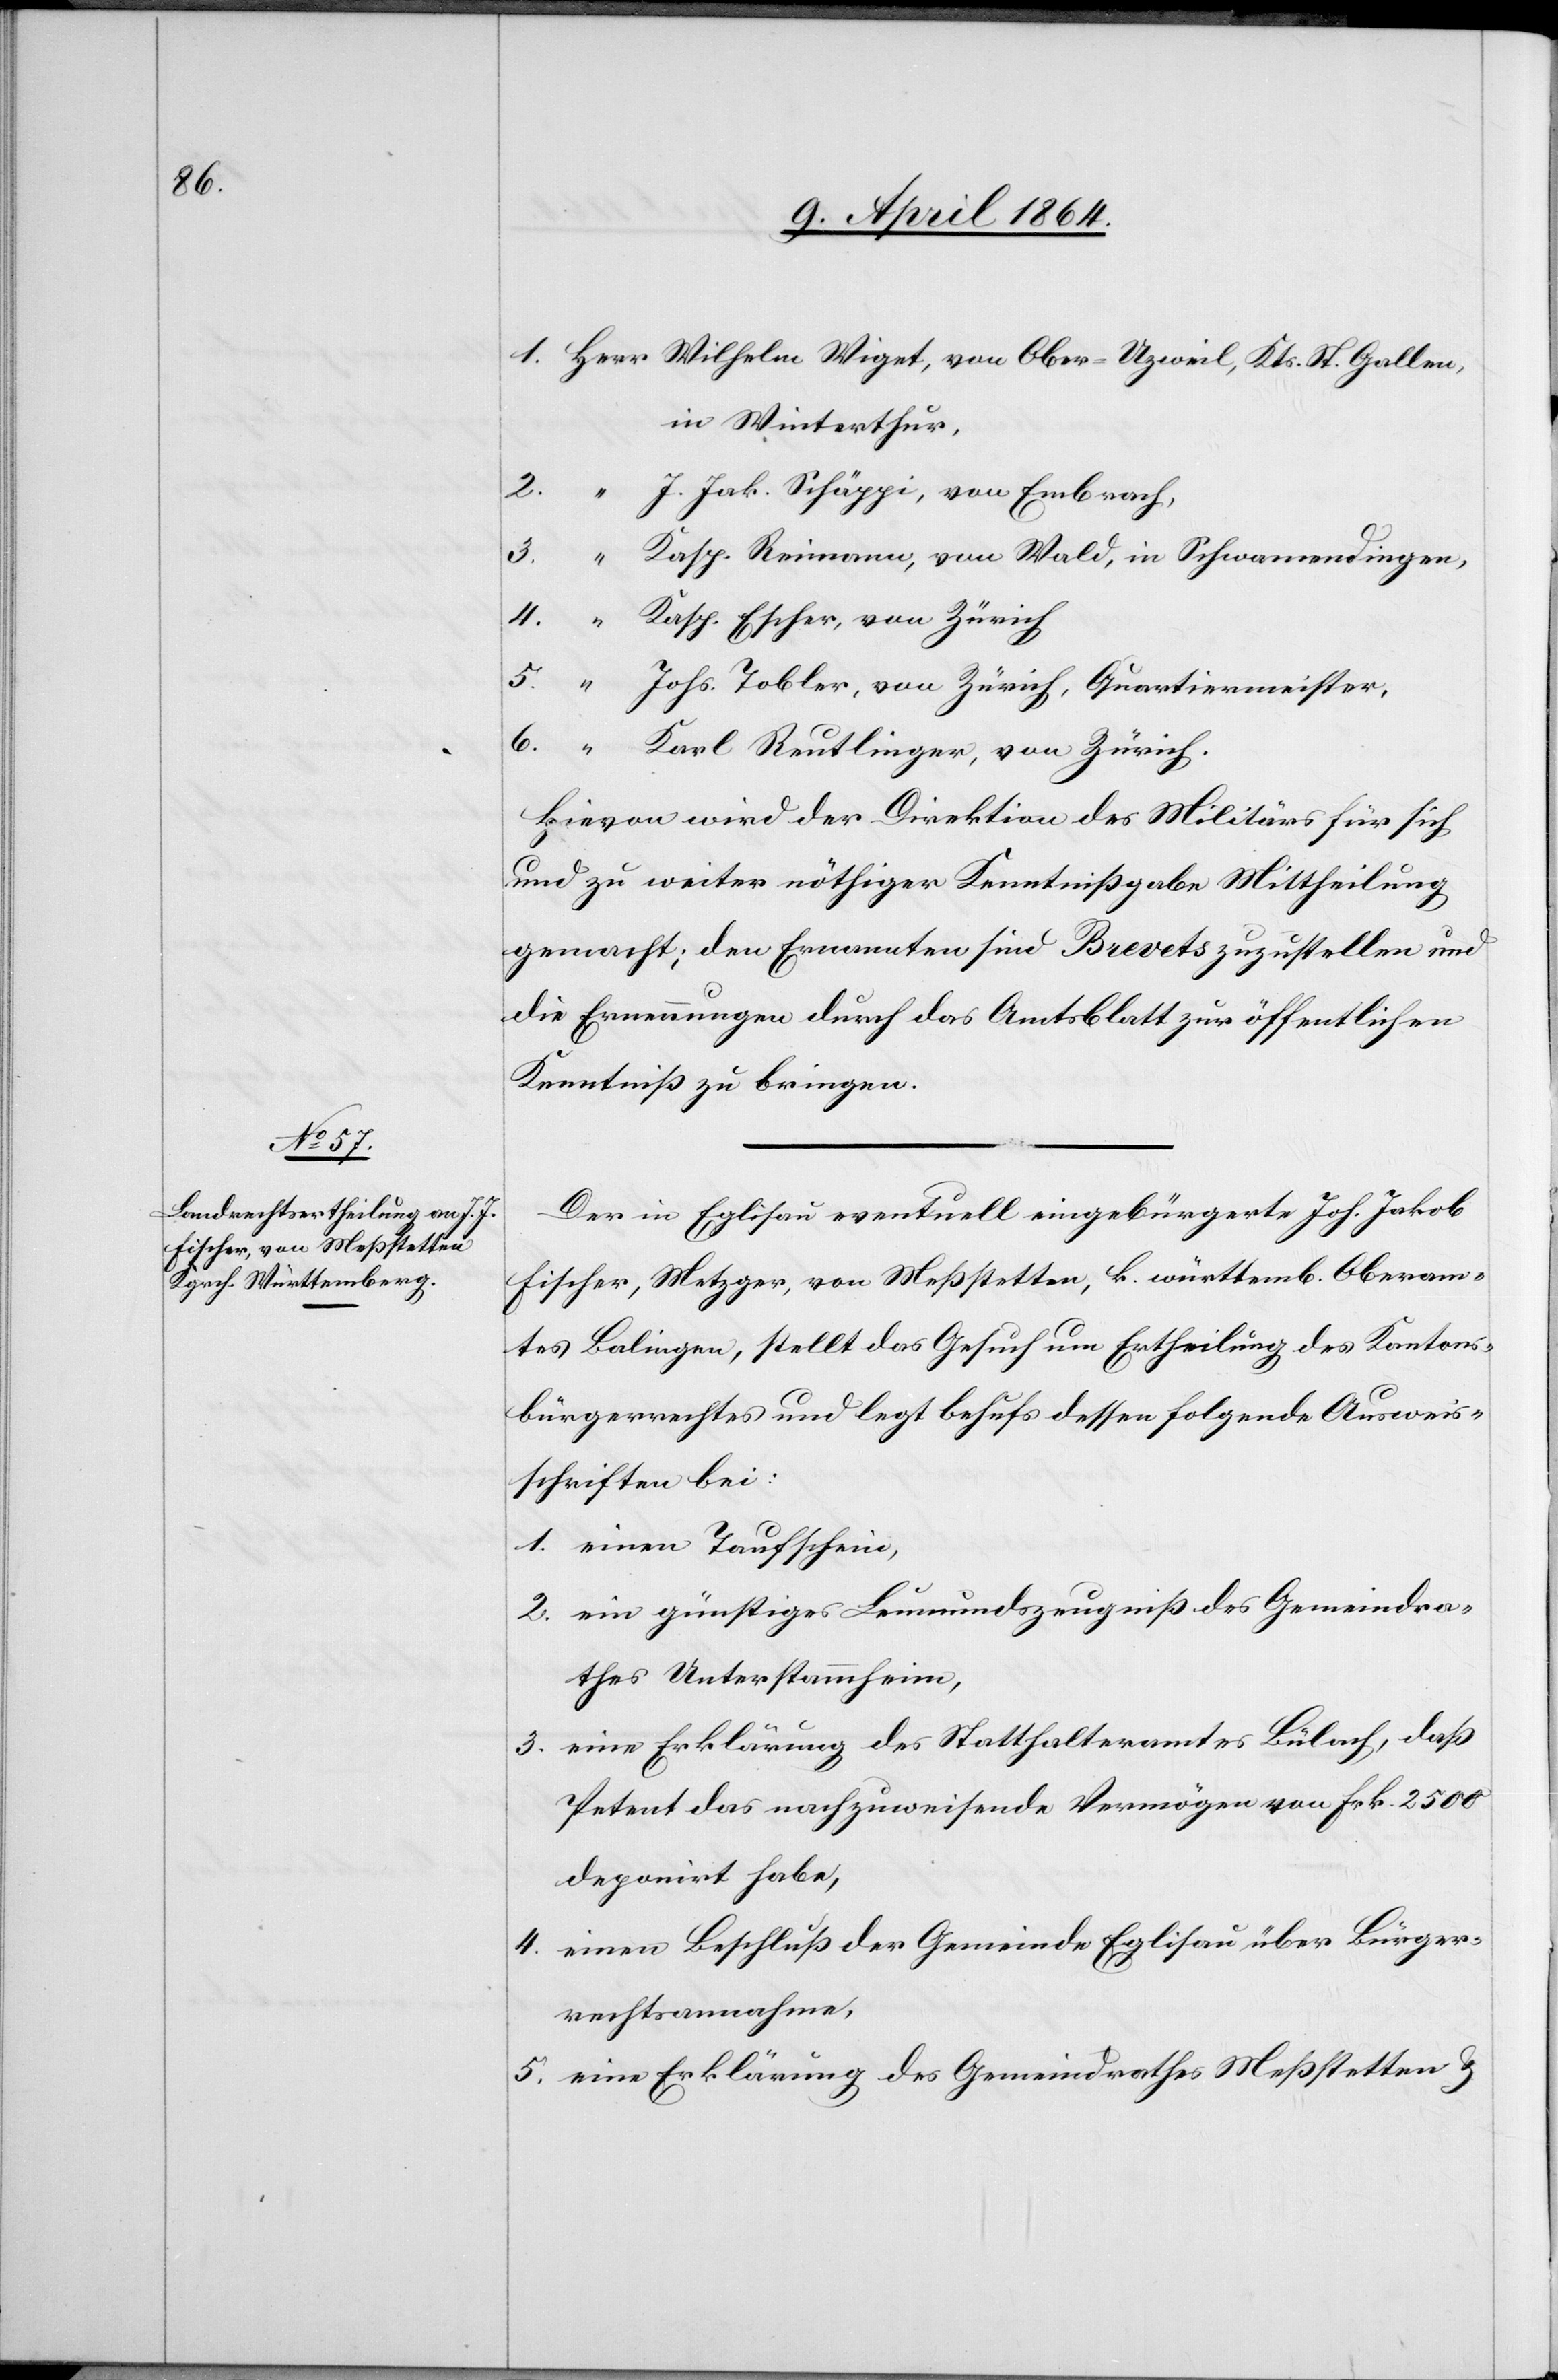
1. Herr	Wilhelm Wiget, von Ober-Uzweil, Kts. St. Gallen,
in Winterthur
2.	“	J. Jak. Schäppi, von Embrach,
3.	“	Kasp. Reimann, vom Wald, in Schwamendingen,
4.	“	Kasp. Escher, von Zürich
5.	“	Johs. Tobler, von Zürich, Quartiermeister,
6.	“	Karl Reutlinger, von Zürich.
Hievon wird der Direktion des Militärs für sich
und zu weiter nöthiger Kenntnißgabe Mittheilung
gemacht; den Ernannten sind Brevets zuzustellen und
die Ernennungen durch das Amtsblatt zur öffentlichen
Kenntniß zu bringen.
Der in Eglisau eventuell eingebürgerte Joh. Jakob
Fischer, Metzger, von Meßstetten, k. würrtemb. Oberam¬
tes Balingen, stellt das Gesuch um Ertheilung des Kantons¬
bürgerrechtes und legt behufs dessen folgende Ausweis¬
schriften bei:
1. einen Taufschein,
2. ein günstiges Leumundszeugniß des Gemeindra¬
thes Unterstammheim,
3. eine Erklärung des Statthalteramtes Bülach, daß
Petent das nachzuweisende Vermögen von Frk. 2500
deponirt habe,
4. einen Beschluß der Gemeinde Eglisau über Bürger¬
rechtsannahme,
5. eine Erklärung des Gemeindrathes Meßstetten u.